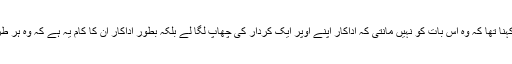
ایک سوال پر ان کا کہنا تھا کہ وہ اس بات کو نہیں مانتی کہ اداکار اپنے اوپر ایک کردار کی چھاپ لگا لے بلکہ بطور اداکار ان کا کام یہ ہے کہ وہ ہر طرح کا کردار کریں ۔